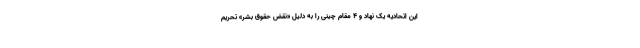
این اتحادیه یک نهاد و 4 مقام چینی را به دلیل «نقض حقوق بشر» تحریم